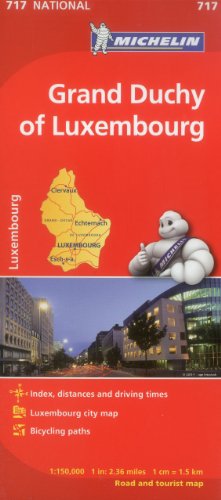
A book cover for Michelin Luxembourg, Grand Duchy Map 717 (Maps/Country (Michelin)); Michelin Travel & Lifestyle; Travel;